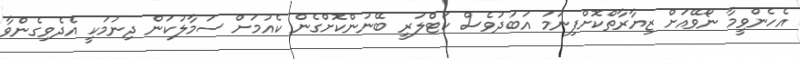
އެހެންވީމާ ނޯވޭއަށް ޒިޔާރާތްކޮށްފިނަމަ އަބަދުވެސް ކަޓްލަރީ ބޭނުންކޮށްގެން ކެއުމަށް ސަމާލުކަން ދިނުމަކީ އެދެވިގެންވާ